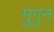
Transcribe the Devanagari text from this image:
मुगुन